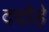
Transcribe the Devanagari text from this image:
ददोड़े